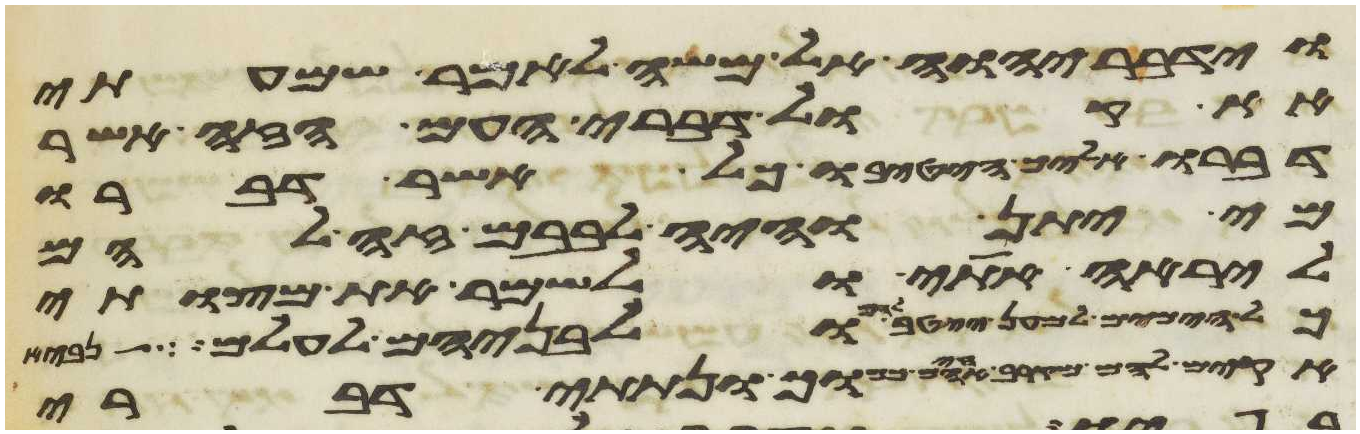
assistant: וידבר יהוה אל משה לאמר שמעתי
את קול דברי העם הזה אשר
דברו אליך הטיבו כל אשר דברו
מי יתן והיה לבבם זה להם
ליראה אתי ולשמר את מצותי
כל הימים למען ייטב להם ולבניהם לעולם לך
אקים להם מקרב אחיהם כמוך ונתתי דברי